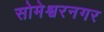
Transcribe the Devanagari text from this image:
सोमेश्वरनगर